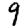
Digit: 9